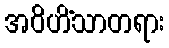
အဝိဟိံသာတရား